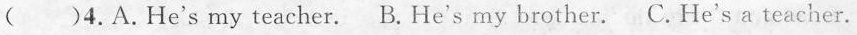
()4.A.He's my teacher. B.He's my brother. C.He's a teacher.